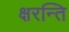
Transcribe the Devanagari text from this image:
क्षरन्ति